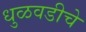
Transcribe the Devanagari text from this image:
धुळवडीचे